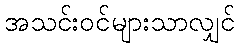
အသင်းဝင်များသာလျှင်